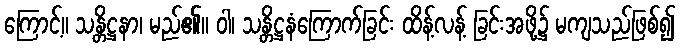
ကြောင့်။ သန္တိဋ္ဌနာ၊ မည်၏။ ဝါ၊ သန္တိဋ္ဌနံကြောက်ခြင်း ထိန့်လန့် ခြင်းအဖို့၌ မကျသည်ဖြစ်၍